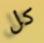
كل